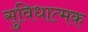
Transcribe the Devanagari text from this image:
सुविधात्मक